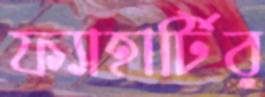
ফ্যাহার্টির